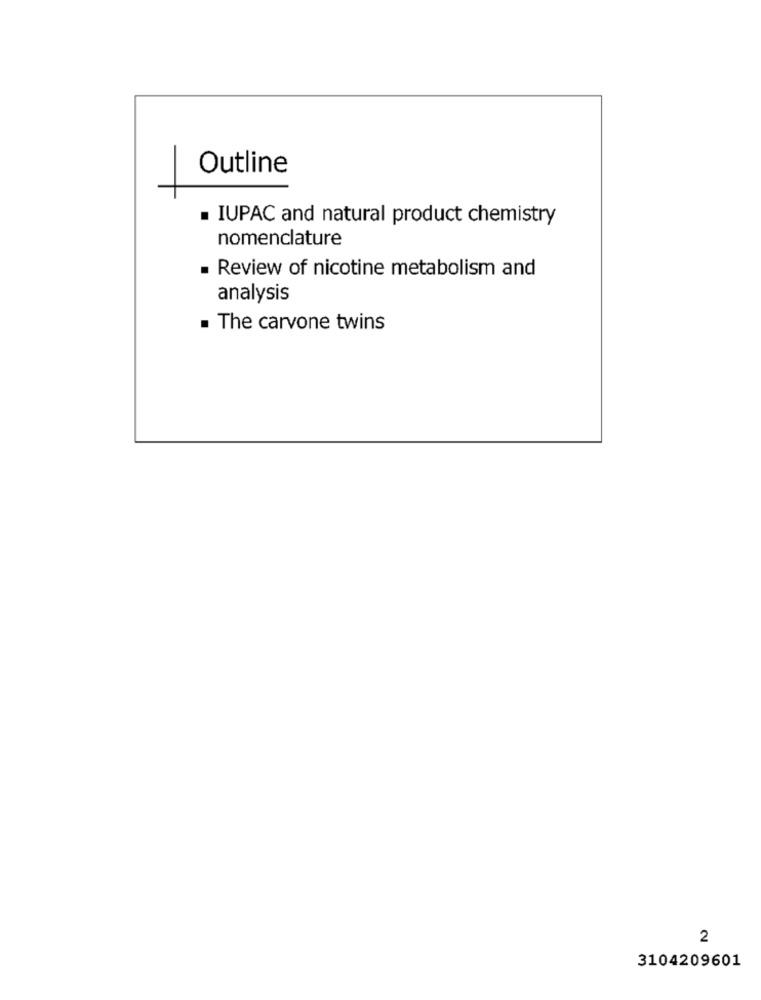
Outline
IUPAC and natural product chemistry
nomenclature
. Review of nicotine metabolism and
analysis
. The carvone twins
2
3104209601